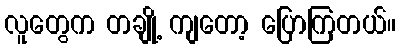
လူတွေက တချို့ ကျတော့ ပြောကြတယ်။